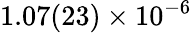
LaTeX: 1.07(23)\times 10^{-6}